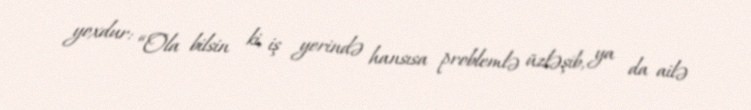
yoxdur: “Ola bilsin ki, iş yerində hansısa problemlə üzləşib, ya da ailə